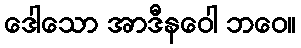
ဒေါသော အာဒီနဝေါ ဘဝေ။